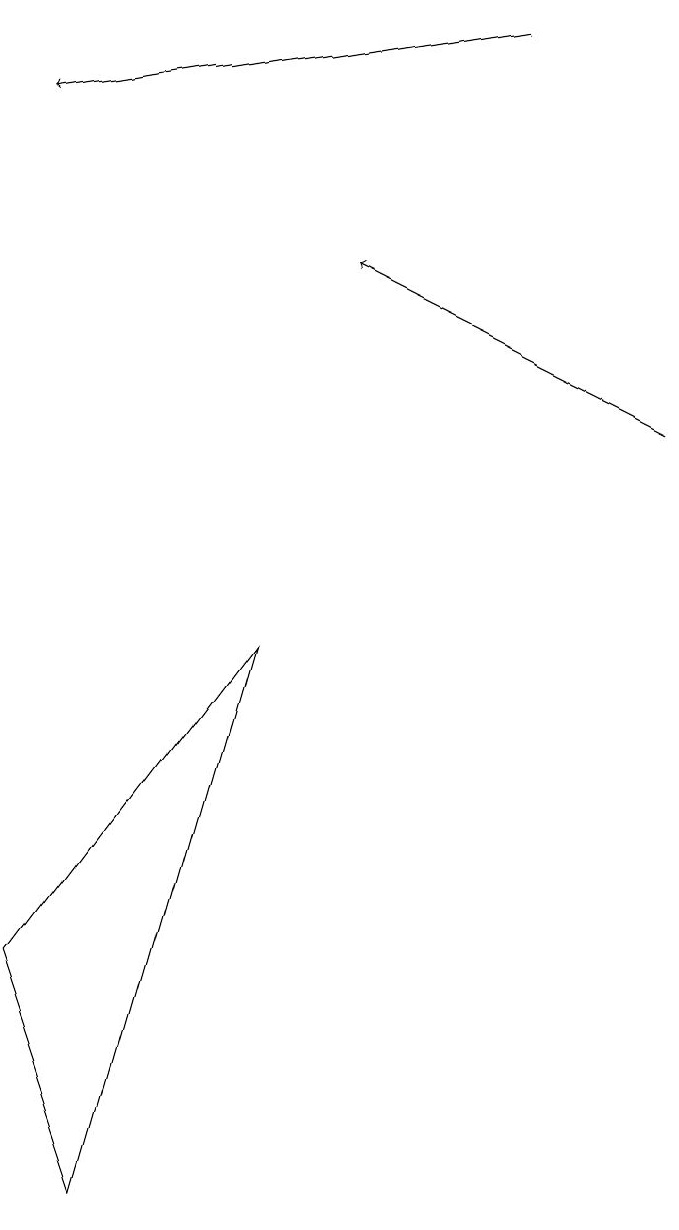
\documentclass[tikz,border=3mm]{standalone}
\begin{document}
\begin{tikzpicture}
\draw (4,9) -- (2,2) -- (1,5) -- cycle;
\draw[->] (7,17) -- (1,16);
\draw[->] (9,12) -- (5,14);
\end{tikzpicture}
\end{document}